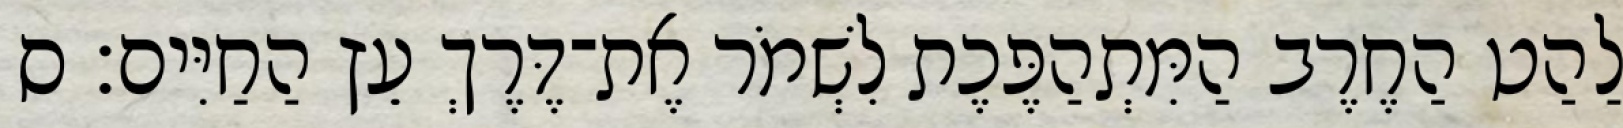
לַהַט הַחֶרֶב הַמִּתְהַפֶּכֶת לִשְׁמֹר אֶת־דֶּרֶךְ עֵץ הַחַיִּים׃ ס